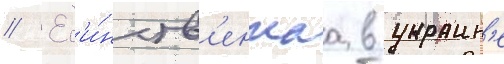
// Ед'и́нств'еннаа в украин'е